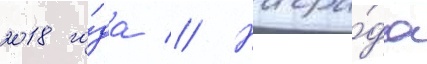
2018 го́да // Награ́да